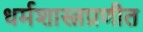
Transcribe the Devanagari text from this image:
धर्मशास्त्रप्रणीत